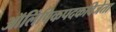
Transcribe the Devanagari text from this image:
ऑलिंपिकपदकविजेता